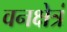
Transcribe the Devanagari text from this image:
वनक्षेत्रं